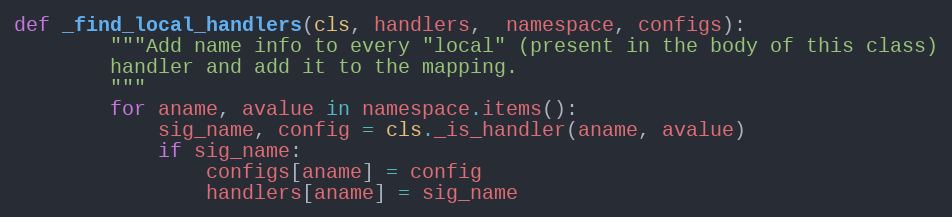
Language: Python
def _find_local_handlers(cls, handlers,  namespace, configs):
        """Add name info to every "local" (present in the body of this class)
        handler and add it to the mapping.
        """
        for aname, avalue in namespace.items():
            sig_name, config = cls._is_handler(aname, avalue)
            if sig_name:
                configs[aname] = config
                handlers[aname] = sig_name